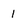
Character: l